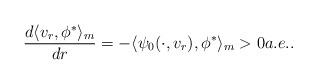
LaTeX: \begin{align*} \frac{d \langle v_r, \phi^* \rangle_m}{dr} = - \langle \psi_0(\cdot ,v_r) ,\phi^*\rangle_m > 0 a.e.. \end{align*}